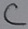
Text: C